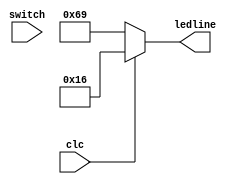
module Test_0(clc,switch,ledline);
input clc ;
input switch ;
output [6:0]ledline;
reg [6:0]number = 7'b0011001;

always @(*) begin
	if (clc)begin
		number = 7'b0010110;
	end else begin
		number = 7'b1101001;
	end


end
assign ledline = number;
endmodule